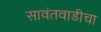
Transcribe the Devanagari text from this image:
सावंतवाडीचा